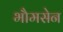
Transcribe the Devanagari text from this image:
भौमसेन